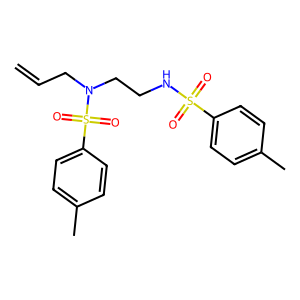
SMILES: C=CCN(CCNS(=O)(=O)c1ccc(C)cc1)S(=O)(=O)c1ccc(C)cc1
Inhibits HIV replication: No